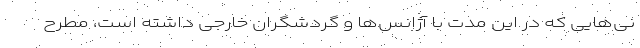
نی‌هایی که در این مدت با آژانس‌ها و گردشگران خارجی داشته است، مطرح